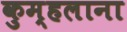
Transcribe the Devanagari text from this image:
कुम्हलाना